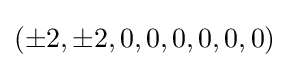
(\pm 2,\pm 2,0,0,0,0,0,0)